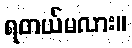
ရတယ်မလား။